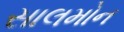
સાલમોન